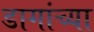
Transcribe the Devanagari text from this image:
डागांच्या